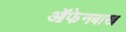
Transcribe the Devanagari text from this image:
ऑफेनबाख